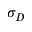
\sigma _ { D }